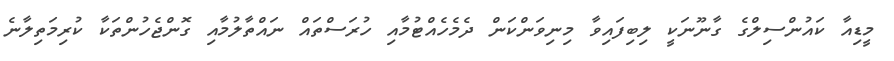
މީޑިއާ ކައުންސިލްގެ ގާނޫނަކީ ލިބިފައިވާ މިނިވަންކަން ދެމެހެއްޓުމާއި ހުރަސްތައް ނައްތާލުމާއި ގޮންޖެހުންތަކާ ކުރިމަތިލާނެ